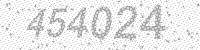
Solution: 454024